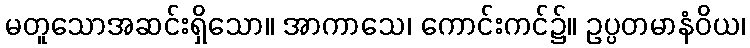
မတူသောအဆင်းရှိသော။ အာကာသေ၊ ကောင်းကင်၌။ ဥပ္ပတမာနံဝိယ၊